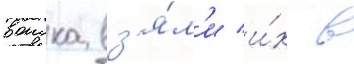
воиска вз'я́л'и и́х в